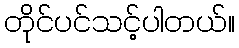
တိုင်ပင်သင့်ပါတယ်။